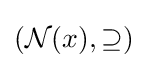
\left({\mathcal {N}}(x),\supseteq \right)